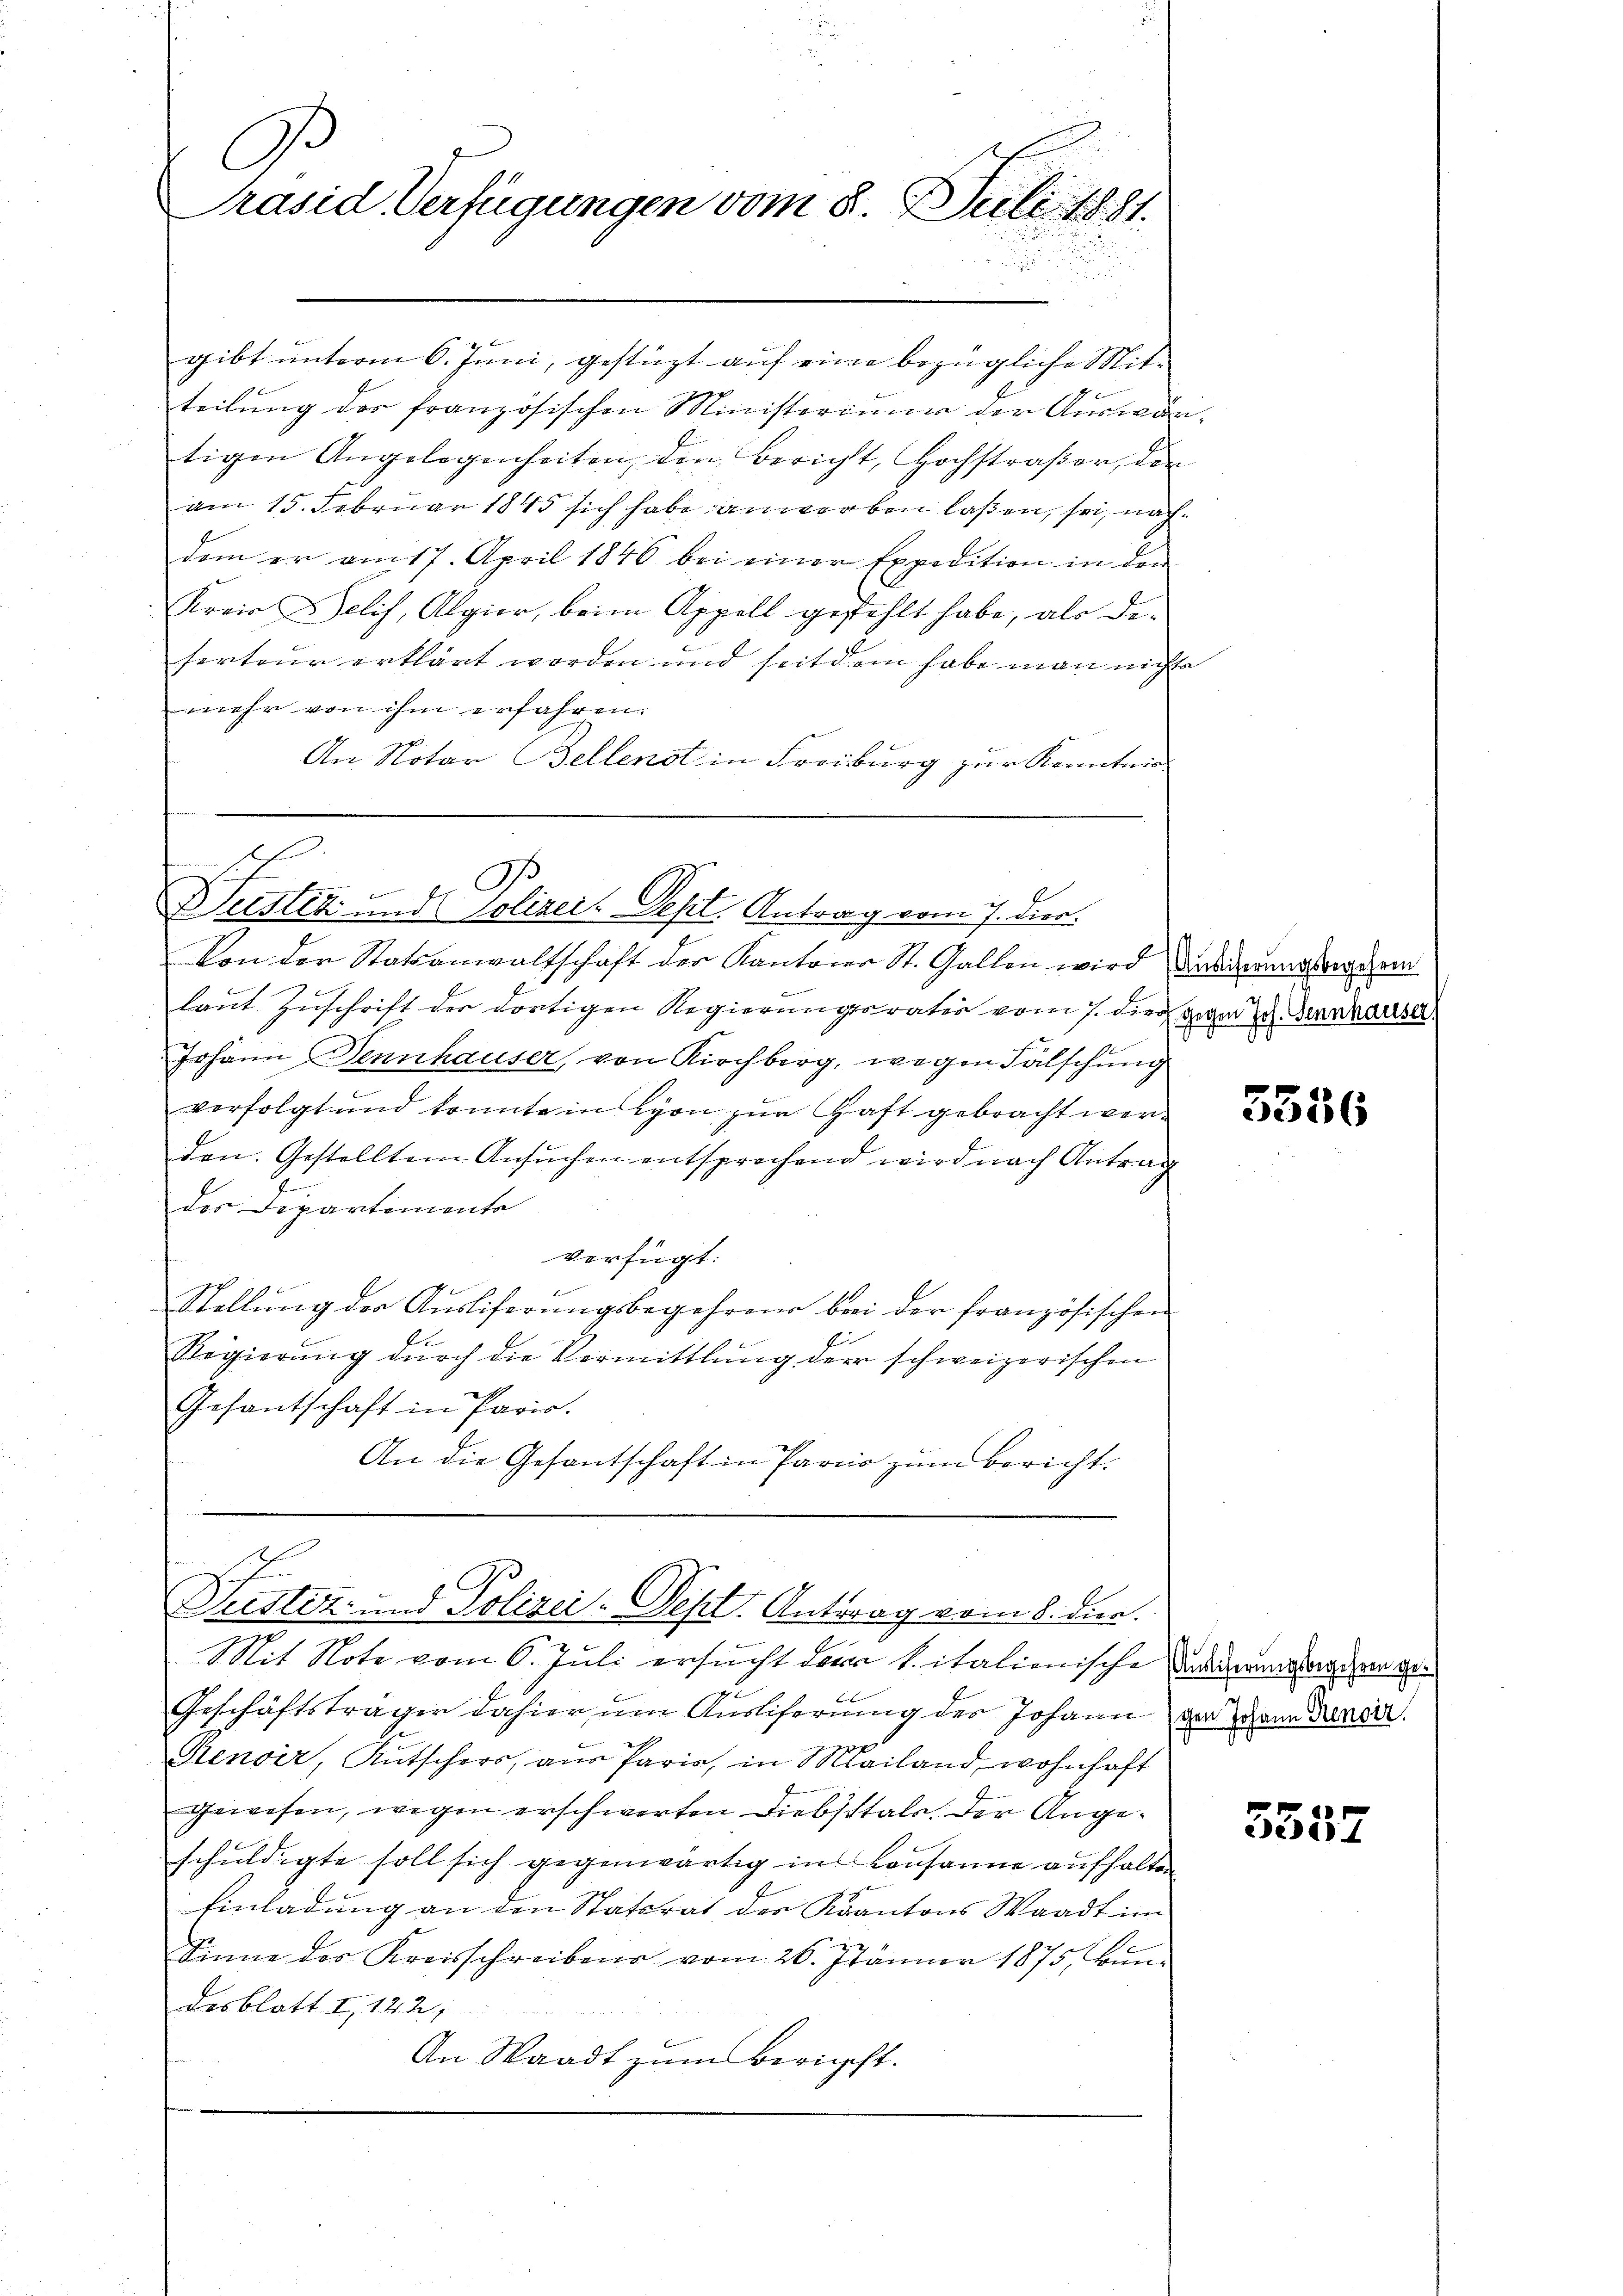
C
Präsid Verfügungen vom 8. Juli 1881.

gibt unterm 6. Juni, gestüzt auf eine bezügliche Mitteilung des französischen Ministeriuum der Auswan-
tigen Angelegenheiten, den Bericht, Hochstraßer, den
am 15. Februar 1845 sich habe anwerben laßen, sei, nachdem er am 17. April 1846 bei einer Expedition in den
Kreis elis, Algier, beim Appell gestehlt habe, als De-
serteur erklärt worden und seitdem habe man nichts
mehr von ihm erfahren.
An Notar Bellendt in Freiburg zur Kenntnis

Von der Statsanwaltschaft der Kantons St. Gallen wird anderungster dem
laut Zuschrift der dortigen Regierungsrativ vom 7. dies gegen Joh. Bernhauser,
Johann Dennhauser, von Kirchberg, wegen Fälschung
verfolgt und konnte in Lyon zŭr Haft gebracht werden. Gestelltem Ansuchen entsprechend wird nach Antrag
des Departemente
verfügt:
Stellŭng der Aŭsliferŭngsbegehren bei der französischen
Regierŭng dŭrch die Vermittlung der schweizerischen
Gesantschaft in Paris.
An die Gesantschaft in Paris zum Bericht.

t

Weisten und Polizei-Dept. Antrag vom 7. dies.

Mit Note vom 6. Juli ersucht den k. italienische Landerungsangen ge
g
Geschäftsträger dahier um Ausliserung der Johann der dann denen
Renoir, Kŭtschers, ans Paris, in Mailand, wohnhaft
gewesen, wegen erschwerten Diebstale. Der Angeschŭldigte soll sich gegenwärtig ins Lausanne aufhalten
9
Einladung an den Statsrat der Akantons Waadt im
Sinne des Kreisschreiben vom 26. Jänner 1875, kŭn-
Desblatt. I, 122.
An Waadt zum Bericht.

sch
Questiz- und Polizei-Tept. Antrag vom 8. dier.

3556

5537